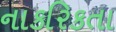
નાકરિકતા